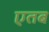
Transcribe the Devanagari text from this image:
एतब